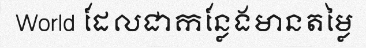
World ដែលជាកន្លែងមានតម្លៃ